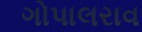
ગોપાલરાવ